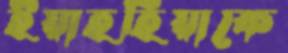
ইয়াহহিয়াকে